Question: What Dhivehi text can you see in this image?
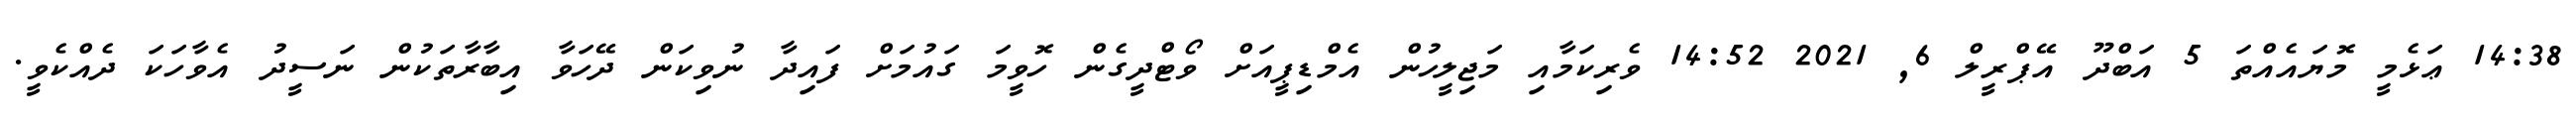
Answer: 14:38 ޢަޅެމީ މޮޔައެއްތަ 5 އަބްދޫ އޭޕްރީލް 6, 2021 14:52 ވެރިކަމާއި މަޖިލީހުން އެމްޑިޕީއަށް ވޯޓްދީގެން ހޮވީމަ ގައުމަށް ފައިދާ ނުވިކަން ދޭހަވާ އިބާރާތަކުން ނަސީދު އެވާހަކަ ދެއްކެވީ.